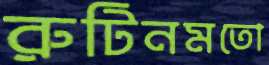
রুটিনমতো